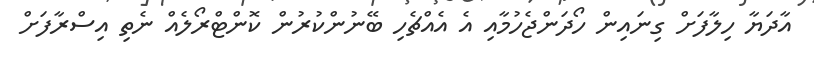
އާދަޔާ ހިލާފަށް ގިނައިން ހޯދަންޖެހުމާއި އެ އެއްޗެހި ބޭނުންކުރުން ކޮންޓްރޯލެއް ނެތި އިސްރާފަށް